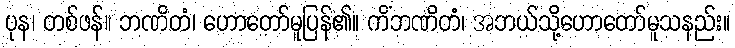
ပုန၊ တစ်ဖန်။ ဘဏိတံ၊ ဟောတော်မူပြန်၏။ ကိံဘဏိတံ၊ အဘယ်သို့ဟောတော်မူသနည်း။